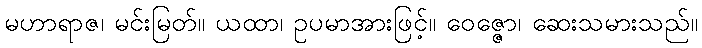
မဟာရာဇ၊ မင်းမြတ်။ ယထာ၊ ဥပမာအားဖြင့်။ ဝေဇ္ဇော၊ ဆေးသမားသည်။